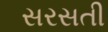
સરસતી